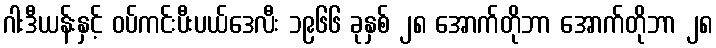
ဂါးဒီယန်းနှင့် ဝပ်ကင်းပီးပယ်ဒေလီး ၁၉၆၆ ခုနှစ် ၂၈ အောက်တိုဘာ အောက်တိုဘာ ၂၈